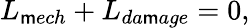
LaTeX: L_{\mathsf{m}ech}+L_{da\mathsf{m}age}=0,